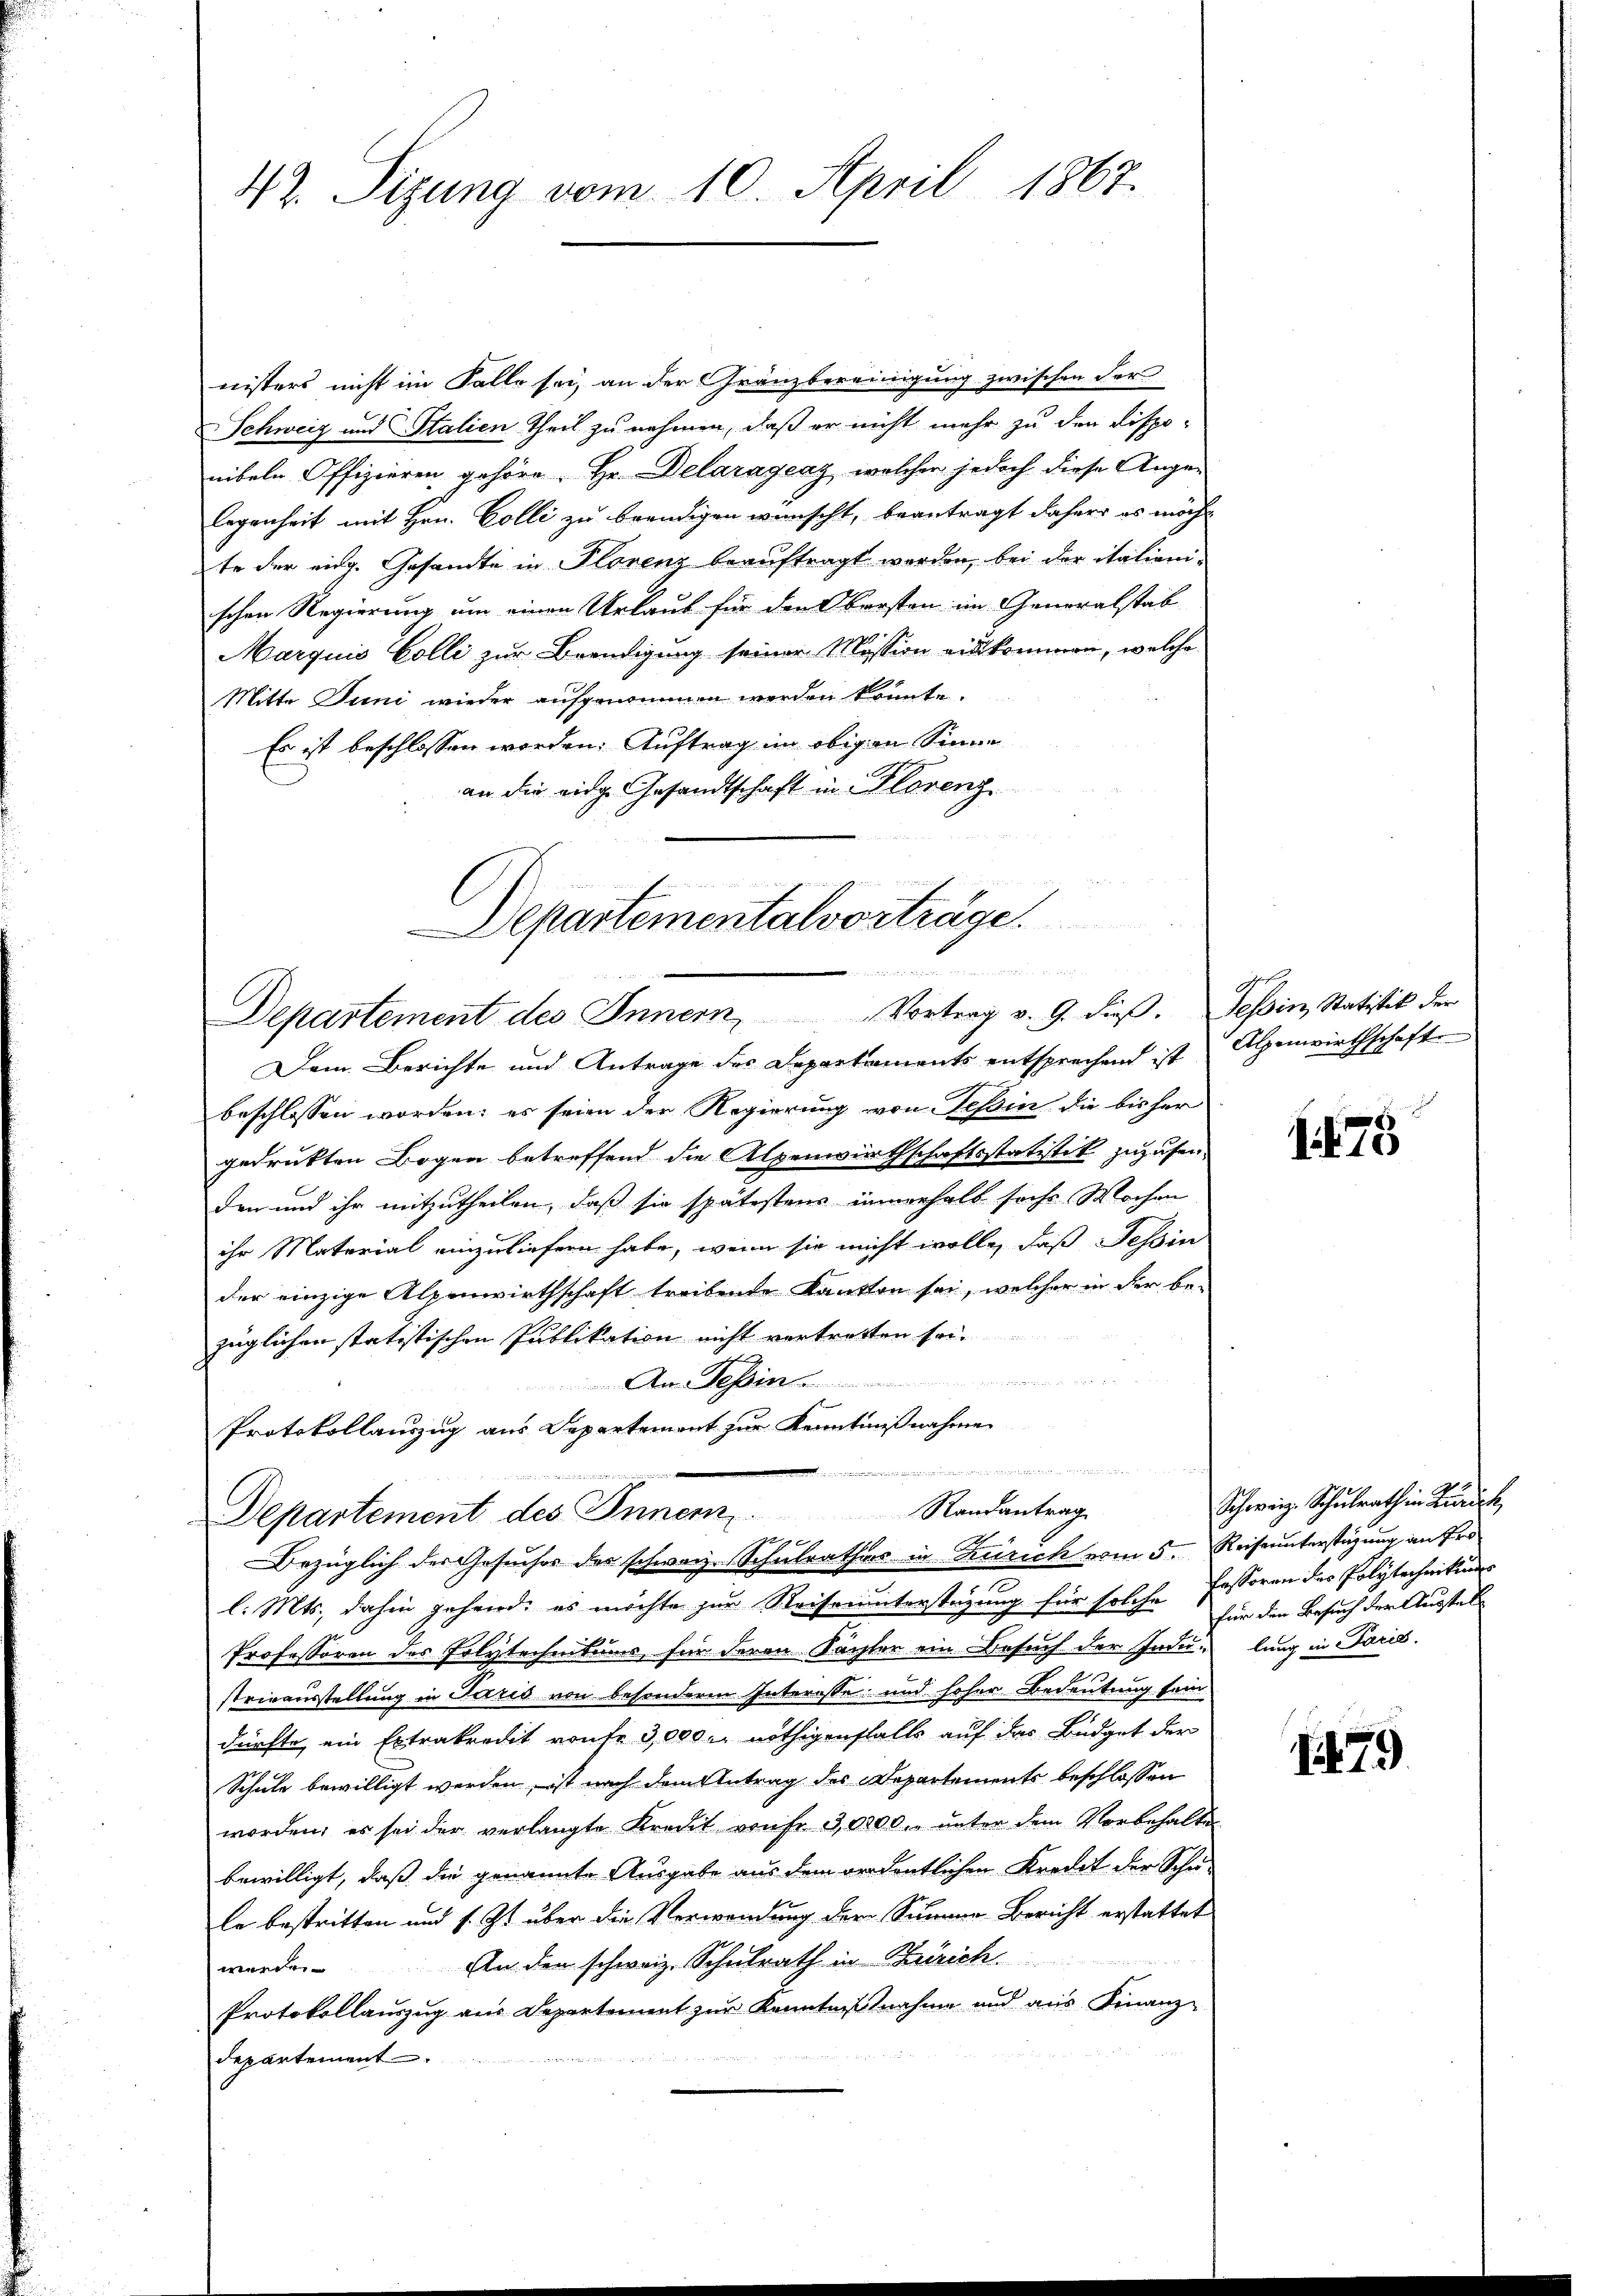
42. Sizung vom 10. April 1867.

nisters nicht im Falle sei, an der Gränzbereinigung zwischen der
Schweiz und Stalien theil zu nehmen, daß er nicht mehr zu den Dispo-
nibeln Offizieren gehöre. Hr. Delaragenz, welcher jedoch diese Angelegenheit mit Hrn. Colli zu beendigen wünscht, beantragt daher es möcht
te der eidg. Gesandte in Plorenz beauftragt werden, bei der italien-
schen Regierung um einen Urlaub für den Obersten im Generalstab
Marquis Colli zur Beendigung seiner Mission einkommen, welche
Mitte Juni wieder aufgenommen werden könnte.
Es ist beschlossen worden. Auftrag im obigen Sinne
an die eidge Gesandtschaft in Florenz

Departementalvorträge.
nd
Departement des Innern, Vortrag v. 9. dieβ. Tessin, Statistik der

B
Alpenwirthschaft

Dem Berichte und Antrage des Departaments entsprechend ist
beschlossen worden; es seien der Regierung von Tessin die bisher
gedrukten Bogen betreffend die Alpenwirthschaftsstatistik zuzusen
den und ihr mitzutheilen, daß sie spätestens innerhalb soche Wochen
ihr Material einzuliefern habe, wenn sie nicht wolle, daß Tessin
der einzige Alpenwirthschaft treibende Kanton sei, welcher in der be-
züglichen statistischen Publikation nicht vertretten sei.
An Tessin
Protokollauszug aus Departemont zur Kenntnißnahme
Departement des Inner
l. Mts. dahin gehend: es möchte zur Reiseunterstüzung für solche Fassoren des Polytechnikums
Professoren des Polytechnitums, für deren Sachter ein Besuch der Indu- lang in Paris.
strieausstellung in Paris von besondere Interesse und hoher Bedeutung sein
dürfte ein Extrakredit von er 3,000 r. nöthigenfalls auf das Büdget der
Schule bewilligt werden, ist nach dem Antrag des Departements beschlossen
worden, es sei der verlangte Kreut von fr 3,0200. unter dem Vorbehalten
bewilligt, daß die genannte Ausgabe aus dem ordentlichen Kredit der Schu-
le bestritten und s. Z. über die Verwendung der Summe Bericht erstattet
An den schweiz. Schulrath in Zürich
worden.
Protokollauszug aus Departement zur Kenntnißnahme und aus Finanz-

departement

1175

Schweiz. Schulrath in Kunst,
für den Besuch der Ausstell

Randantrag
290.
Bezüglich der Gesuches des schweiz. Schulrathes in Zürich vom 5. Reiseunterstüzung an Pro

1479